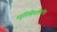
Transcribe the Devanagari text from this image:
म्युनिसिपालिटीत